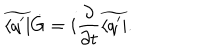
LaTeX: \widetilde { \langle q ^ { \prime } | } \dot { G } = i { \frac { \partial } { \partial t } } \widetilde { \langle q ^ { \prime } | } .